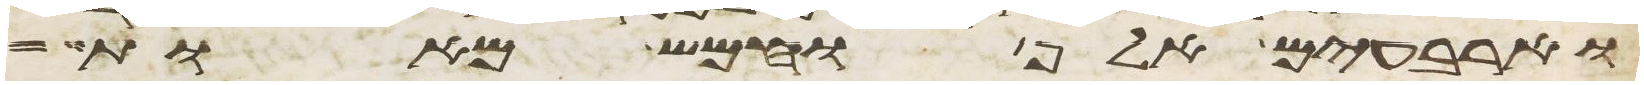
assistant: וארבעים אלף וחמש מאות